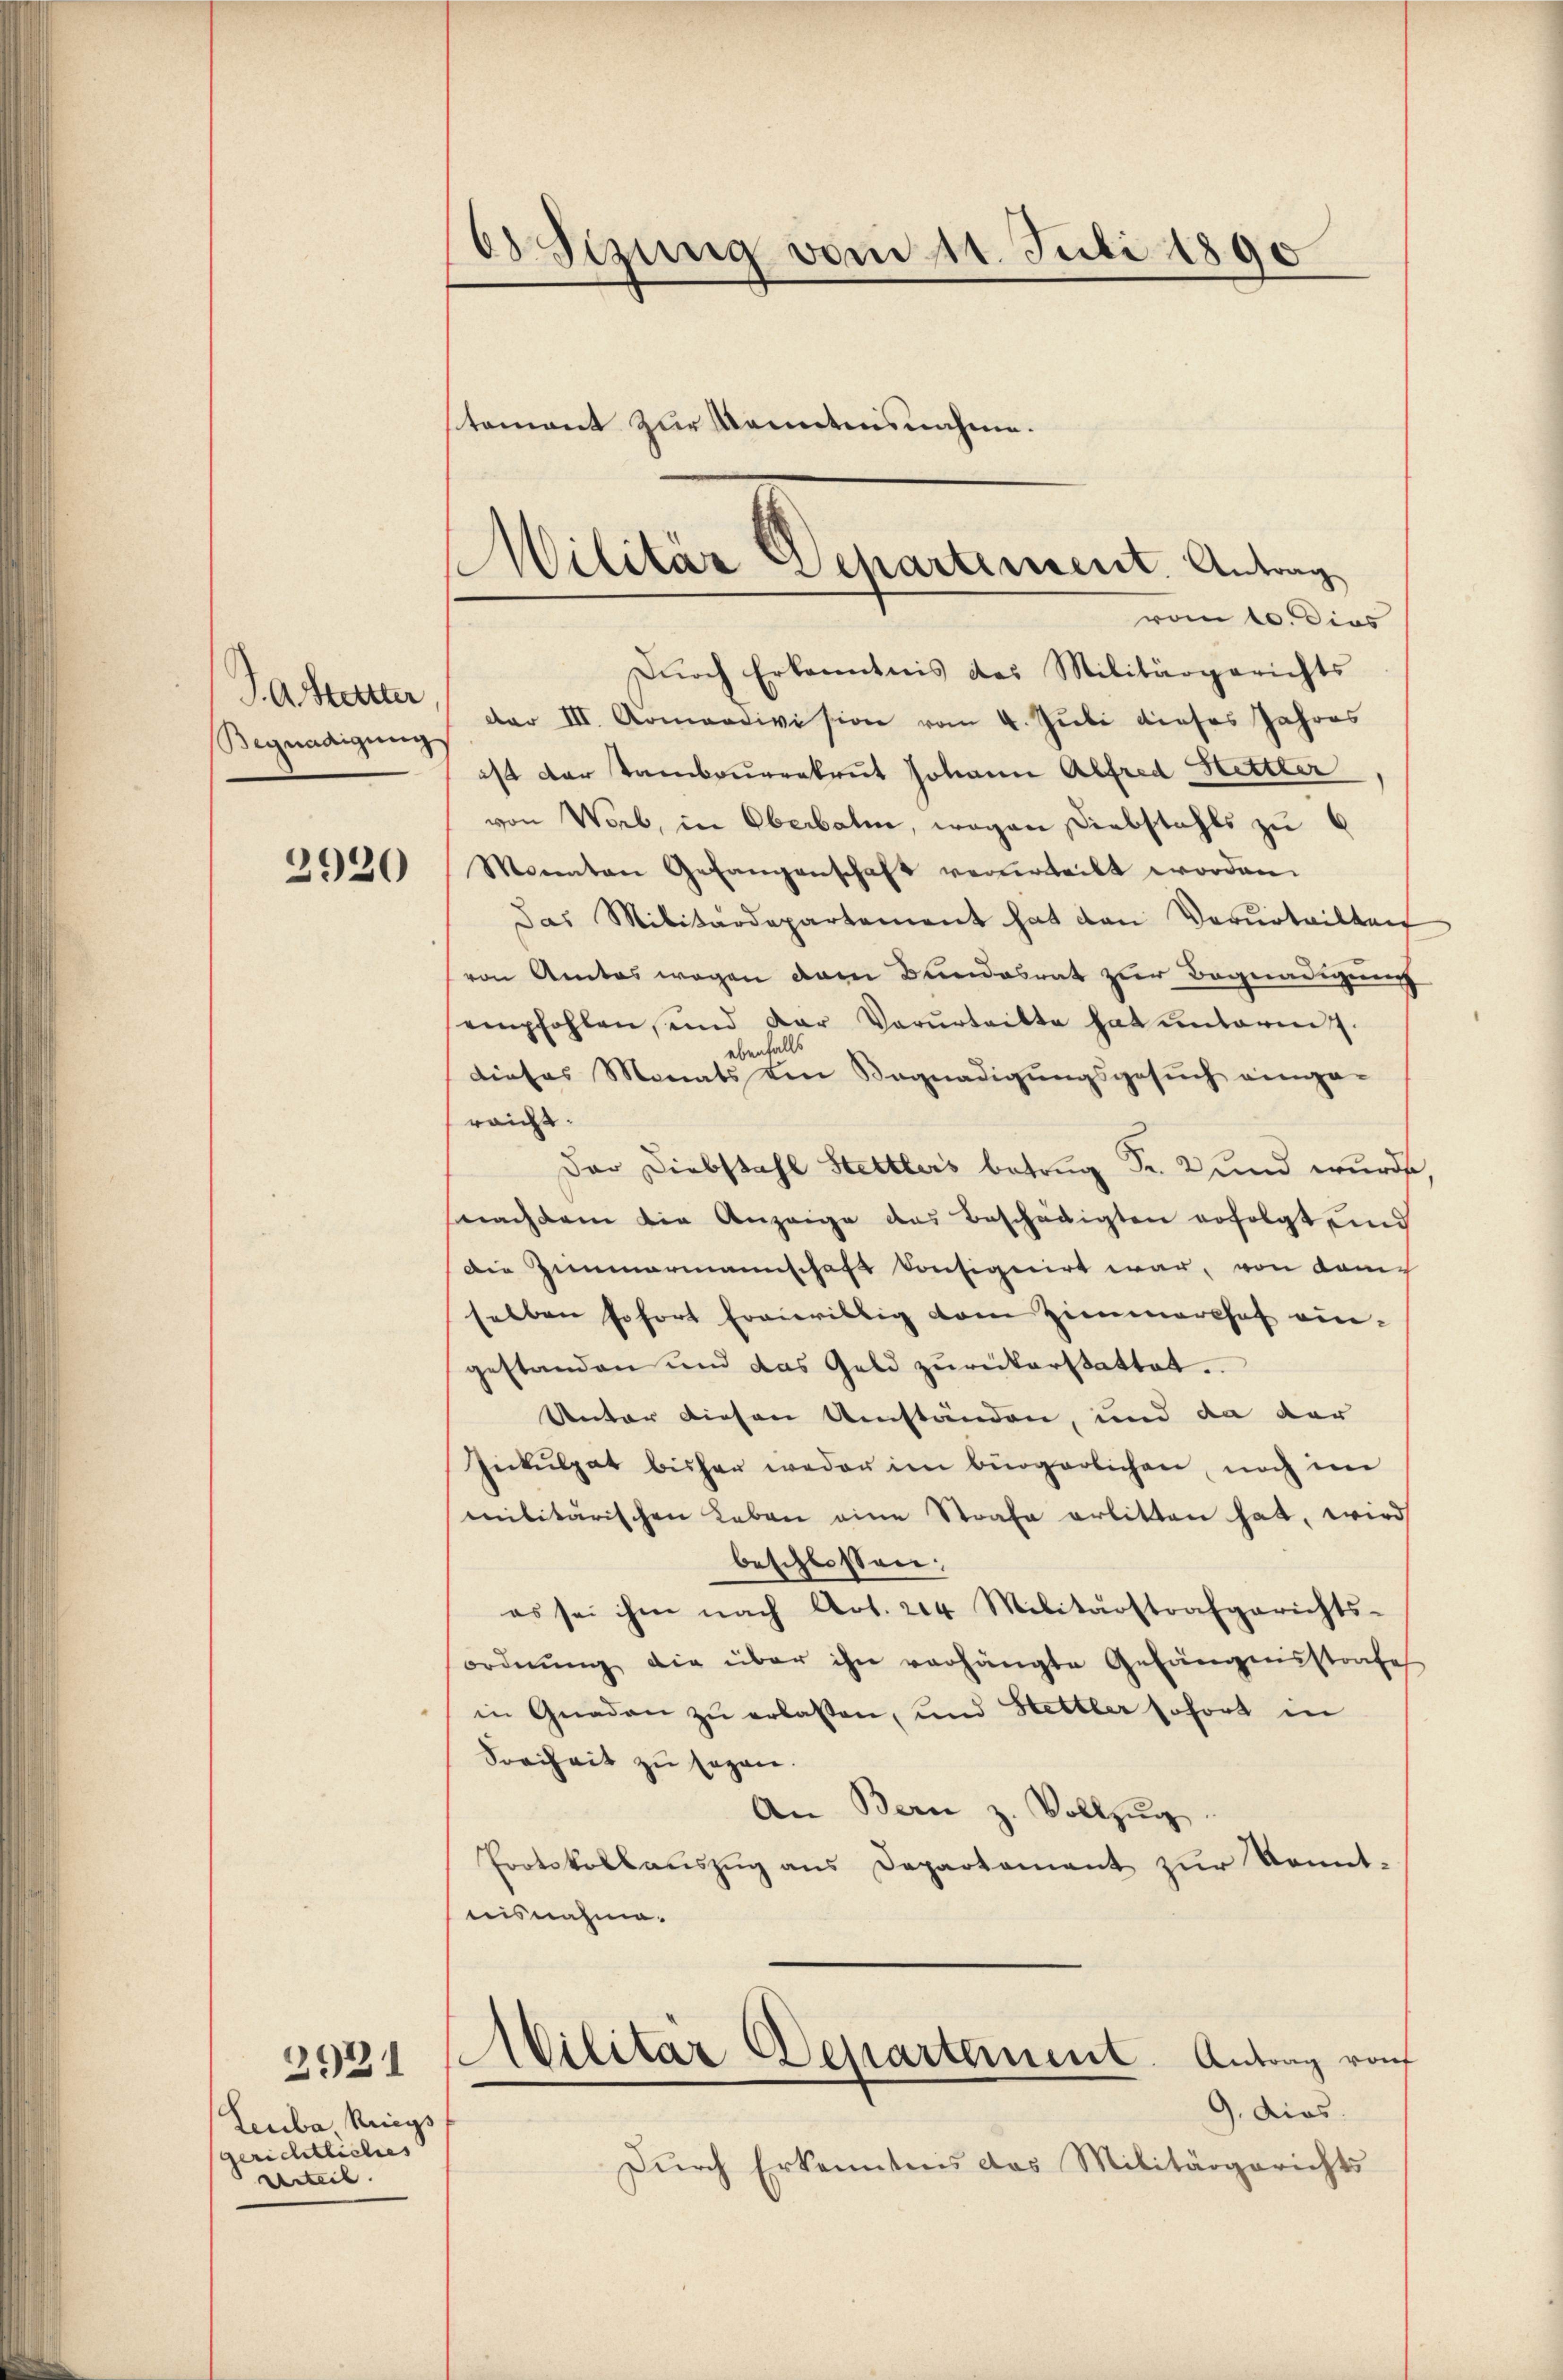
P.AMutter
Begnadigung

2920

3921

Leuba Knigs
gerichtliches
Urteil

eSizung vom 11. Juli 1890
stament zur Kenntnisnahme.

Militär Departement. Antrag
vom 10. dies

Dŭrch Erkanntnis das Militärgerichts
dar III. Armendivision vom 4. Juli dieses Jahres
ist der Tambourekrut Johann Alfred Hettler
von Wort, in Oberbalm, wegen Diebstahls zu 6
Monnten Gefangenschaft verurteilt worden.
Das Militärdepartement hat den Vorurteilten
von Amtes wegen dem Bundesrat zur Begnadigung
empfohlen, und der Verurteilte hat unterm 7.
ebenfalls
dieses Monats den Sagnadigungsgesuch einge-
raicht.
Der Diebstahl Stettlers betrug Fr. 2 und wurde,
nachdem die Anzeige des Beschädigten erfolgt und
Die Zimmermannschaft konsignirt war, von Kamselben sofort freiwillig vom Zimmershof ein-
gestanden und das Geld zŭrückerstattet.
Unter diesen Umständen, und da der
Inkulpat bisher weder im bürgerlichen, noch im
militärischen Leben eine Strafe erlitten hat, wird
beschlossen:
es sei ihm nach Art. 204 Militärstrafgerichts-
ordnŭng die über ihn verhängte Gefängnisstrafe
in Gnaden zu erlassen, und Hettler sofort in
Sreiheit zu sagen.
An Bern z. Vollzug
Frotskollauszug aus Departement zur Kenntnisnahme.
Militar Departement. Antrag von
9. dies
Durch Erkenntnis das Militärgerichts-